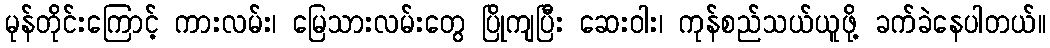
မုန်တိုင်းကြောင့် ကားလမ်း၊ မြေသားလမ်းတွေ ပြိုကျပြီး ဆေးဝါး၊ ကုန်စည်သယ်ယူဖို့ ခက်ခဲနေပါတယ်။